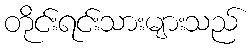
တိုင်းရင်းသားများသည်